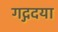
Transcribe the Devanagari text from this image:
गद्गदया